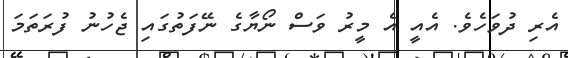
އެރި ދުވަހެވެ. އެއީ އެ މީރު ވަސް ނޯޔާގެ ނޭފަތުގައި ޖެހުނު ފުރަތަމަ